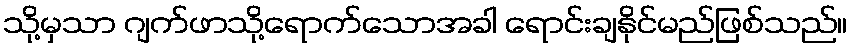
သို့မှသာ ဂျက်ဖာသို့ရောက်သောအခါ ရောင်းချနိုင်မည်ဖြစ်သည်။